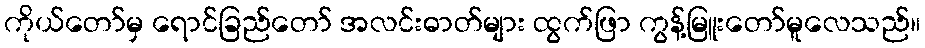
ကိုယ်တော်မှ ရောင်ခြည်တော် အလင်းဓာတ်များ ထွက်ဖြာ ကွန့်မြူးတော်မူလေသည်။